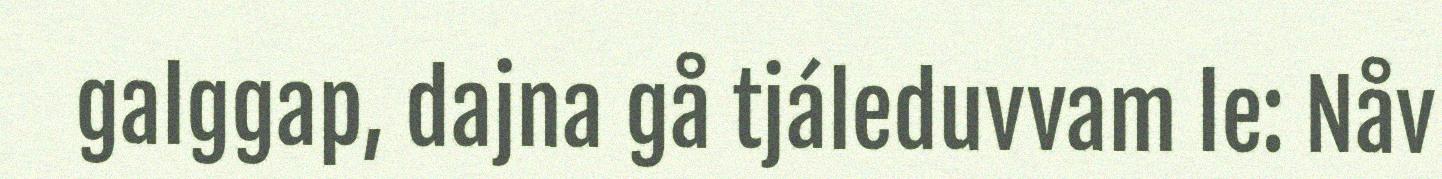
galggap, dajna gå tjáleduvvam le: Nåv